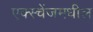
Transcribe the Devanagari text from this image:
एक्स्चेंजमधील